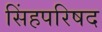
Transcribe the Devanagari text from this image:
सिंहपरिषद